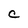
Character: C